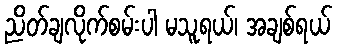
ညိတ်ချလိုက်စမ်းပါ မသူရယ်၊ အချစ်ရယ်